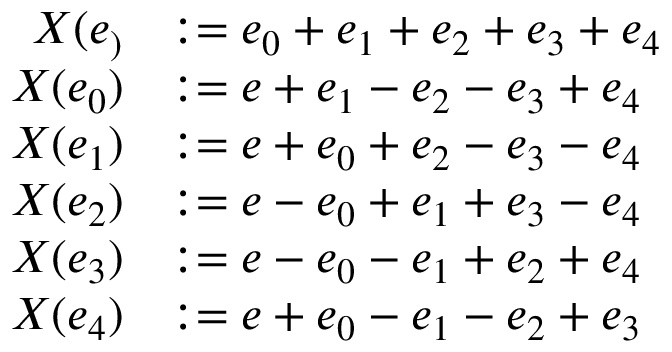
\begin{array} { r l } { X ( e _ ) } & { : = e _ { 0 } + e _ { 1 } + e _ { 2 } + e _ { 3 } + e _ { 4 } } \\ { X ( e _ { 0 } ) } & { : = e + e _ { 1 } - e _ { 2 } - e _ { 3 } + e _ { 4 } } \\ { X ( e _ { 1 } ) } & { : = e + e _ { 0 } + e _ { 2 } - e _ { 3 } - e _ { 4 } } \\ { X ( e _ { 2 } ) } & { : = e - e _ { 0 } + e _ { 1 } + e _ { 3 } - e _ { 4 } } \\ { X ( e _ { 3 } ) } & { : = e - e _ { 0 } - e _ { 1 } + e _ { 2 } + e _ { 4 } } \\ { X ( e _ { 4 } ) } & { : = e + e _ { 0 } - e _ { 1 } - e _ { 2 } + e _ { 3 } } \end{array}